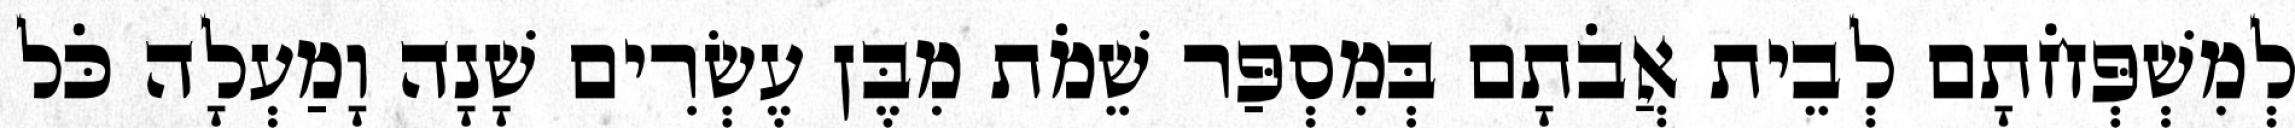
לְמִשְׁפְּחֹתָם לְבֵית אֲבֹתָם בְּמִסְפַּר שֵׁמֹת מִבֶּן עֶשְׂרִים שָׁנָה וָמַעְלָה כֹּל